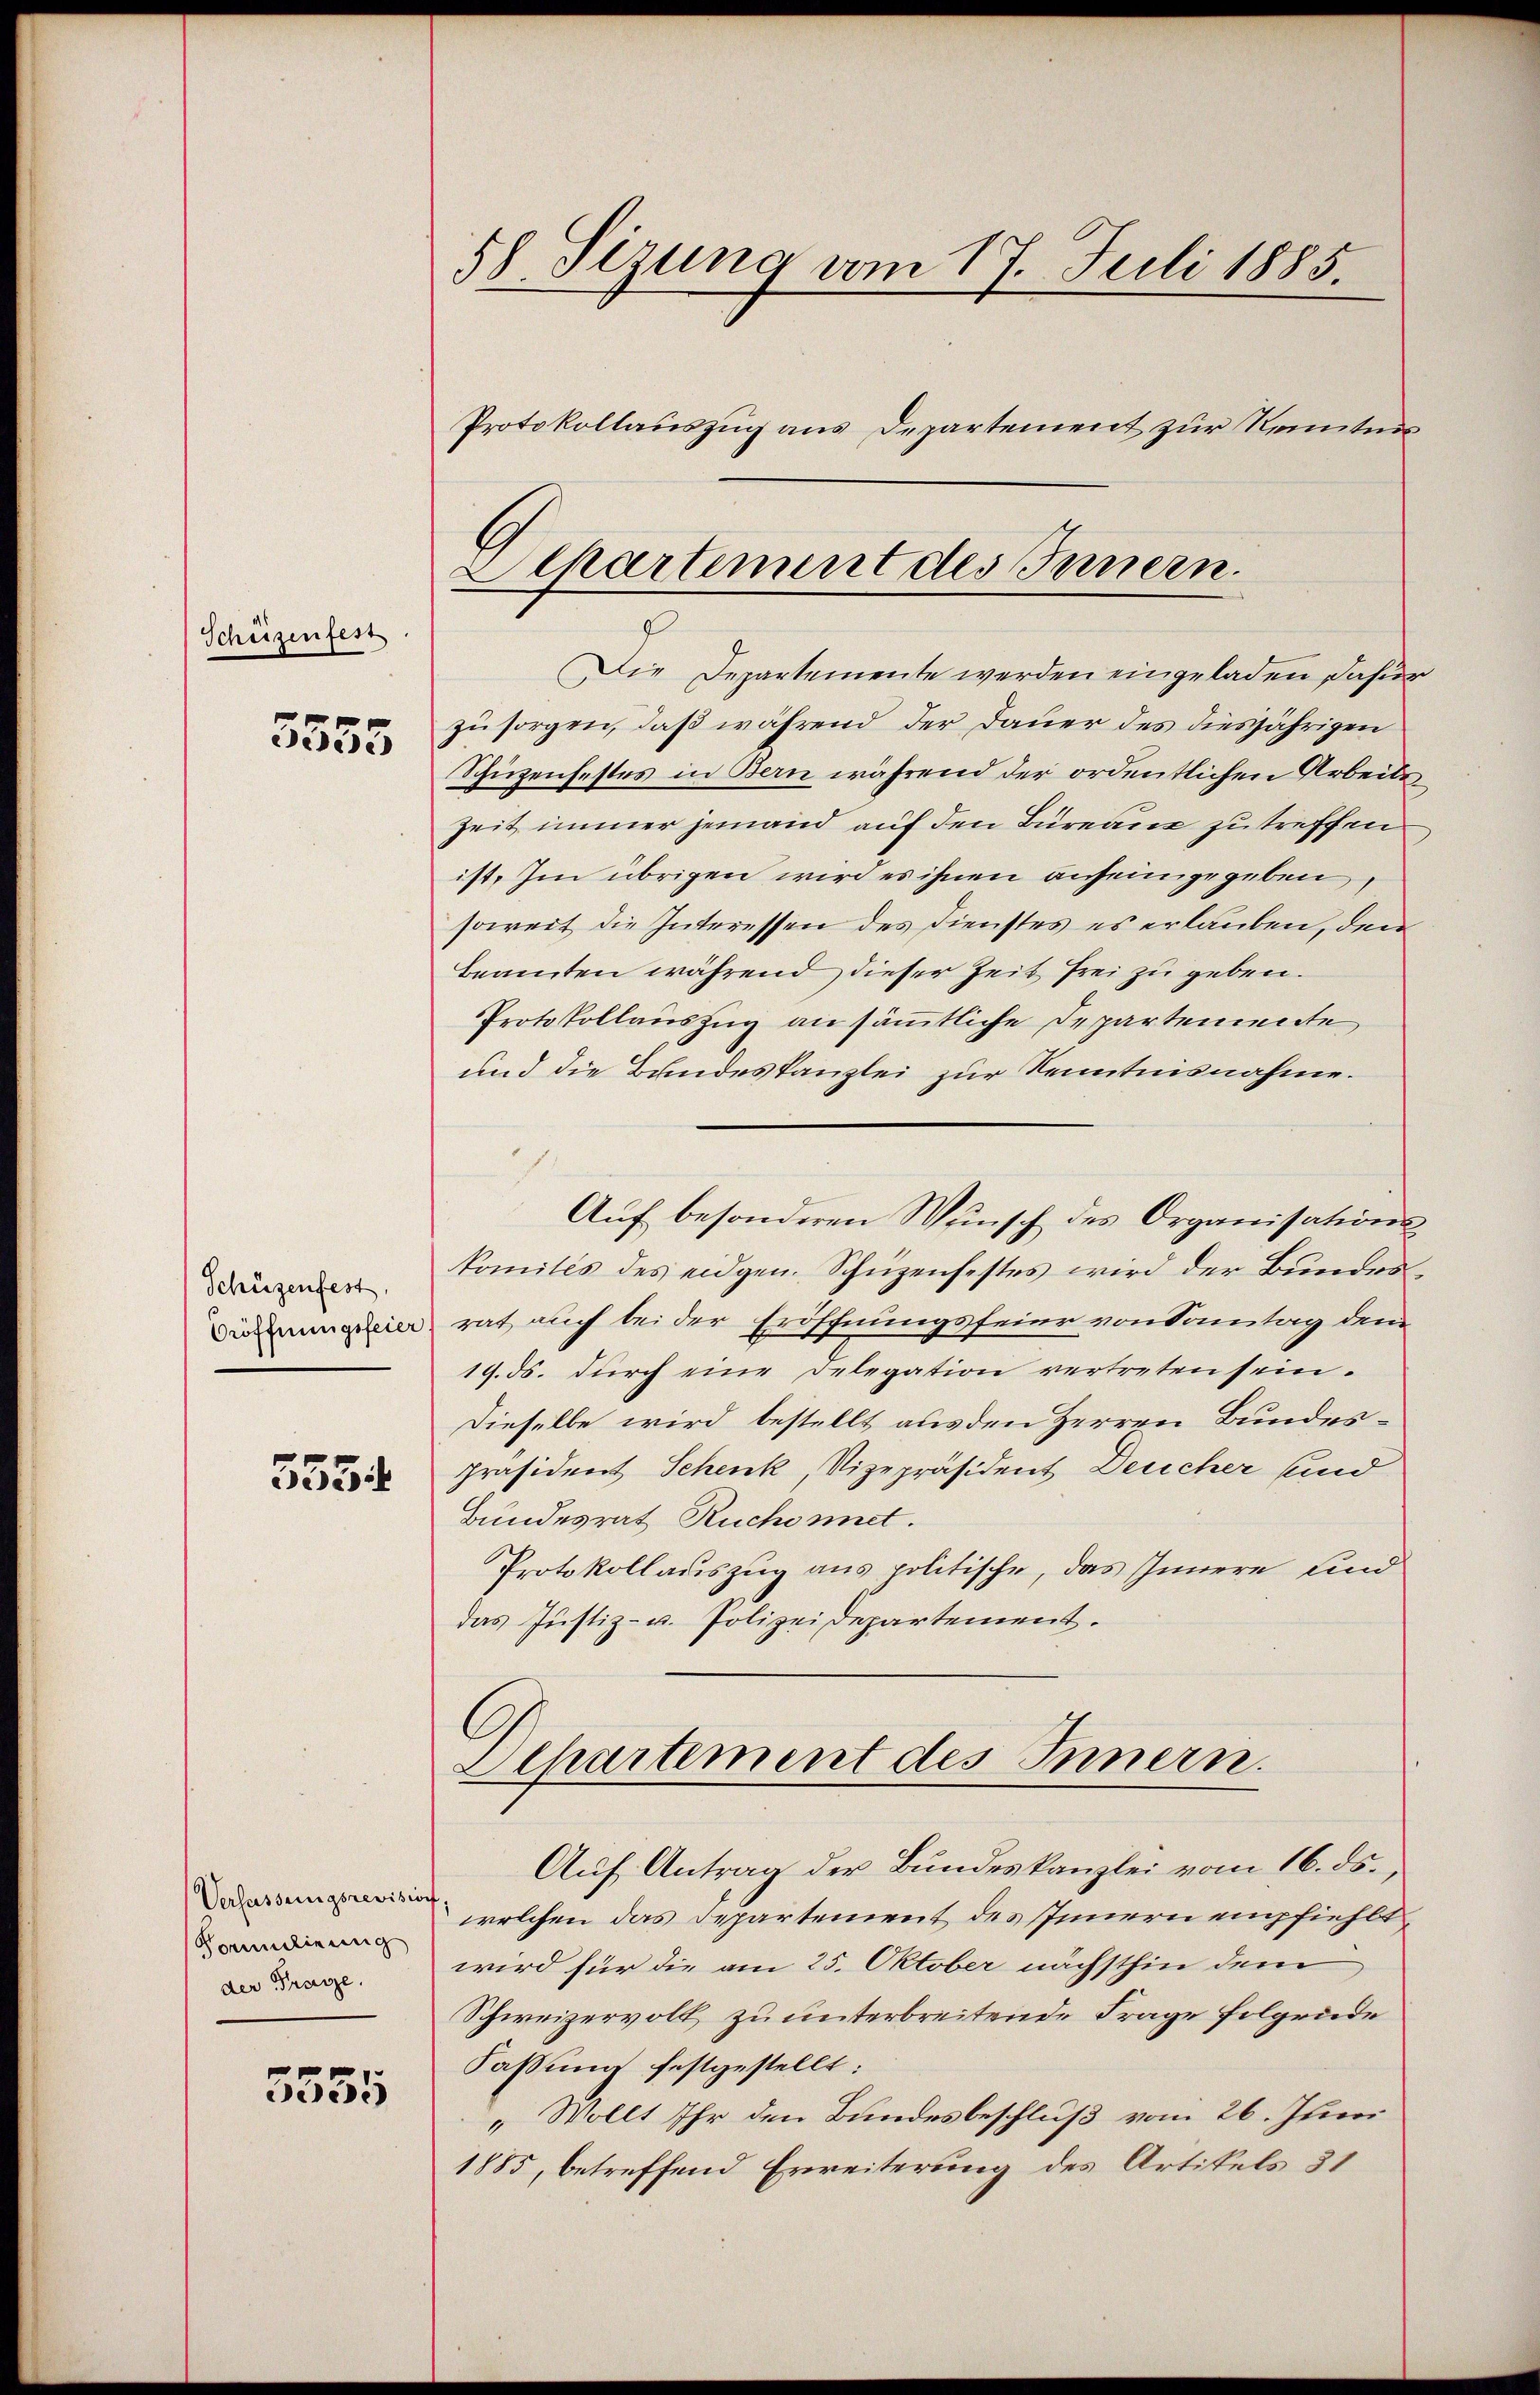
Schüzenfest.

3555

Schüzenfest
Eröffnungsfeier

555.

Verfassungsrevision
Formulirung
der Frage.

5555

58 Sizung vom 17. Juli 1885.
Protokollauszug aus Departement zur Kenntnis

Alkartement des Innern.

Die Departemente werden eingeladen dafür
zu sorgen, daß während der Dauer des diesjährigen
Schüzenfestes in Bern während der ordentlichen Arbeits
Zeit immer jemand auf den Bureau zu treffen
ist. Im übrigen wird es ihnen anheimgegeben,
soweit die Interessen des Dienstes es erlauben, den
Beamten während dieser Zeit frei zu geben.
Protokollauszug an sämmtliche Departemente
und die Bundeskanzlei zur Kenntnisnahme.
Auf besonderen Wunsch des Organisations
komités des eidgen. Schüzenfestes wird der Bŭndes-
rat auch bei der Eröffnungsfeier von Sonntag dem
19. ds. dŭrch eine Delegation vertreten sein.
Dieselbe wird bestellt aus den Herren Bundespräsident Schenk, Vizepräsident Deucher sind
Bundesrat Ruchonnet.
Protokollauszug aus politische, das Innere und
das Justiz- u. Polizeidepartement.

Departement des Innern.
Auf Antrag der Bundeskanzlei vom 16. ds.,

welchen das Departement des Innern empfiehliwird für die am 25. Oktober nächsthin dem
Schweizervolk zu unterbreitende Frage folgende
Faßung festgestellt:
Wollt Ihr den Bundesbeschluß vom 26. Juni
1885, betreffend Erweiterung des Artikels 31